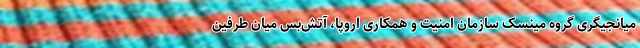
میانجیگری گروه مینسک سازمان امنیت و همکاری اروپا، آتش‌بس میان طرفین